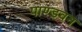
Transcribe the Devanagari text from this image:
पाण्डवन